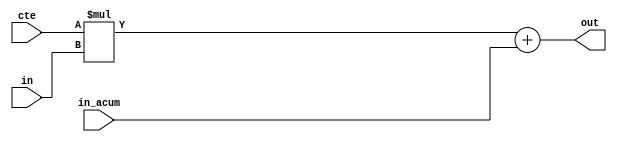
`timescale 1ns / 1ps
//////////////////////////////////////////////////////////////////////////////////
// Company: 
// Engineer: 
// 
// Design Name: 
// Module Name:    operac 
// Project Name: 
// Target Devices: 
// Tool versions: 
// Description: 
//
// Dependencies: 
//
// Revision: 
// Revision 0.01 - File Created
// Additional Comments: 
//
//////////////////////////////////////////////////////////////////////////////////
module operac#(parameter cant_bits = 25)(
					input wire signed [cant_bits-1:0] in, cte,
					input wire signed [2*cant_bits-2:0] in_acum,
					output reg signed [2*cant_bits-2:0] out
    );

wire [2*cant_bits-2:0] aux;
assign aux = (cte*in)+in_acum;

always @ *
	out = {aux[2*cant_bits-2],aux[2*cant_bits-3:0]};
endmodule